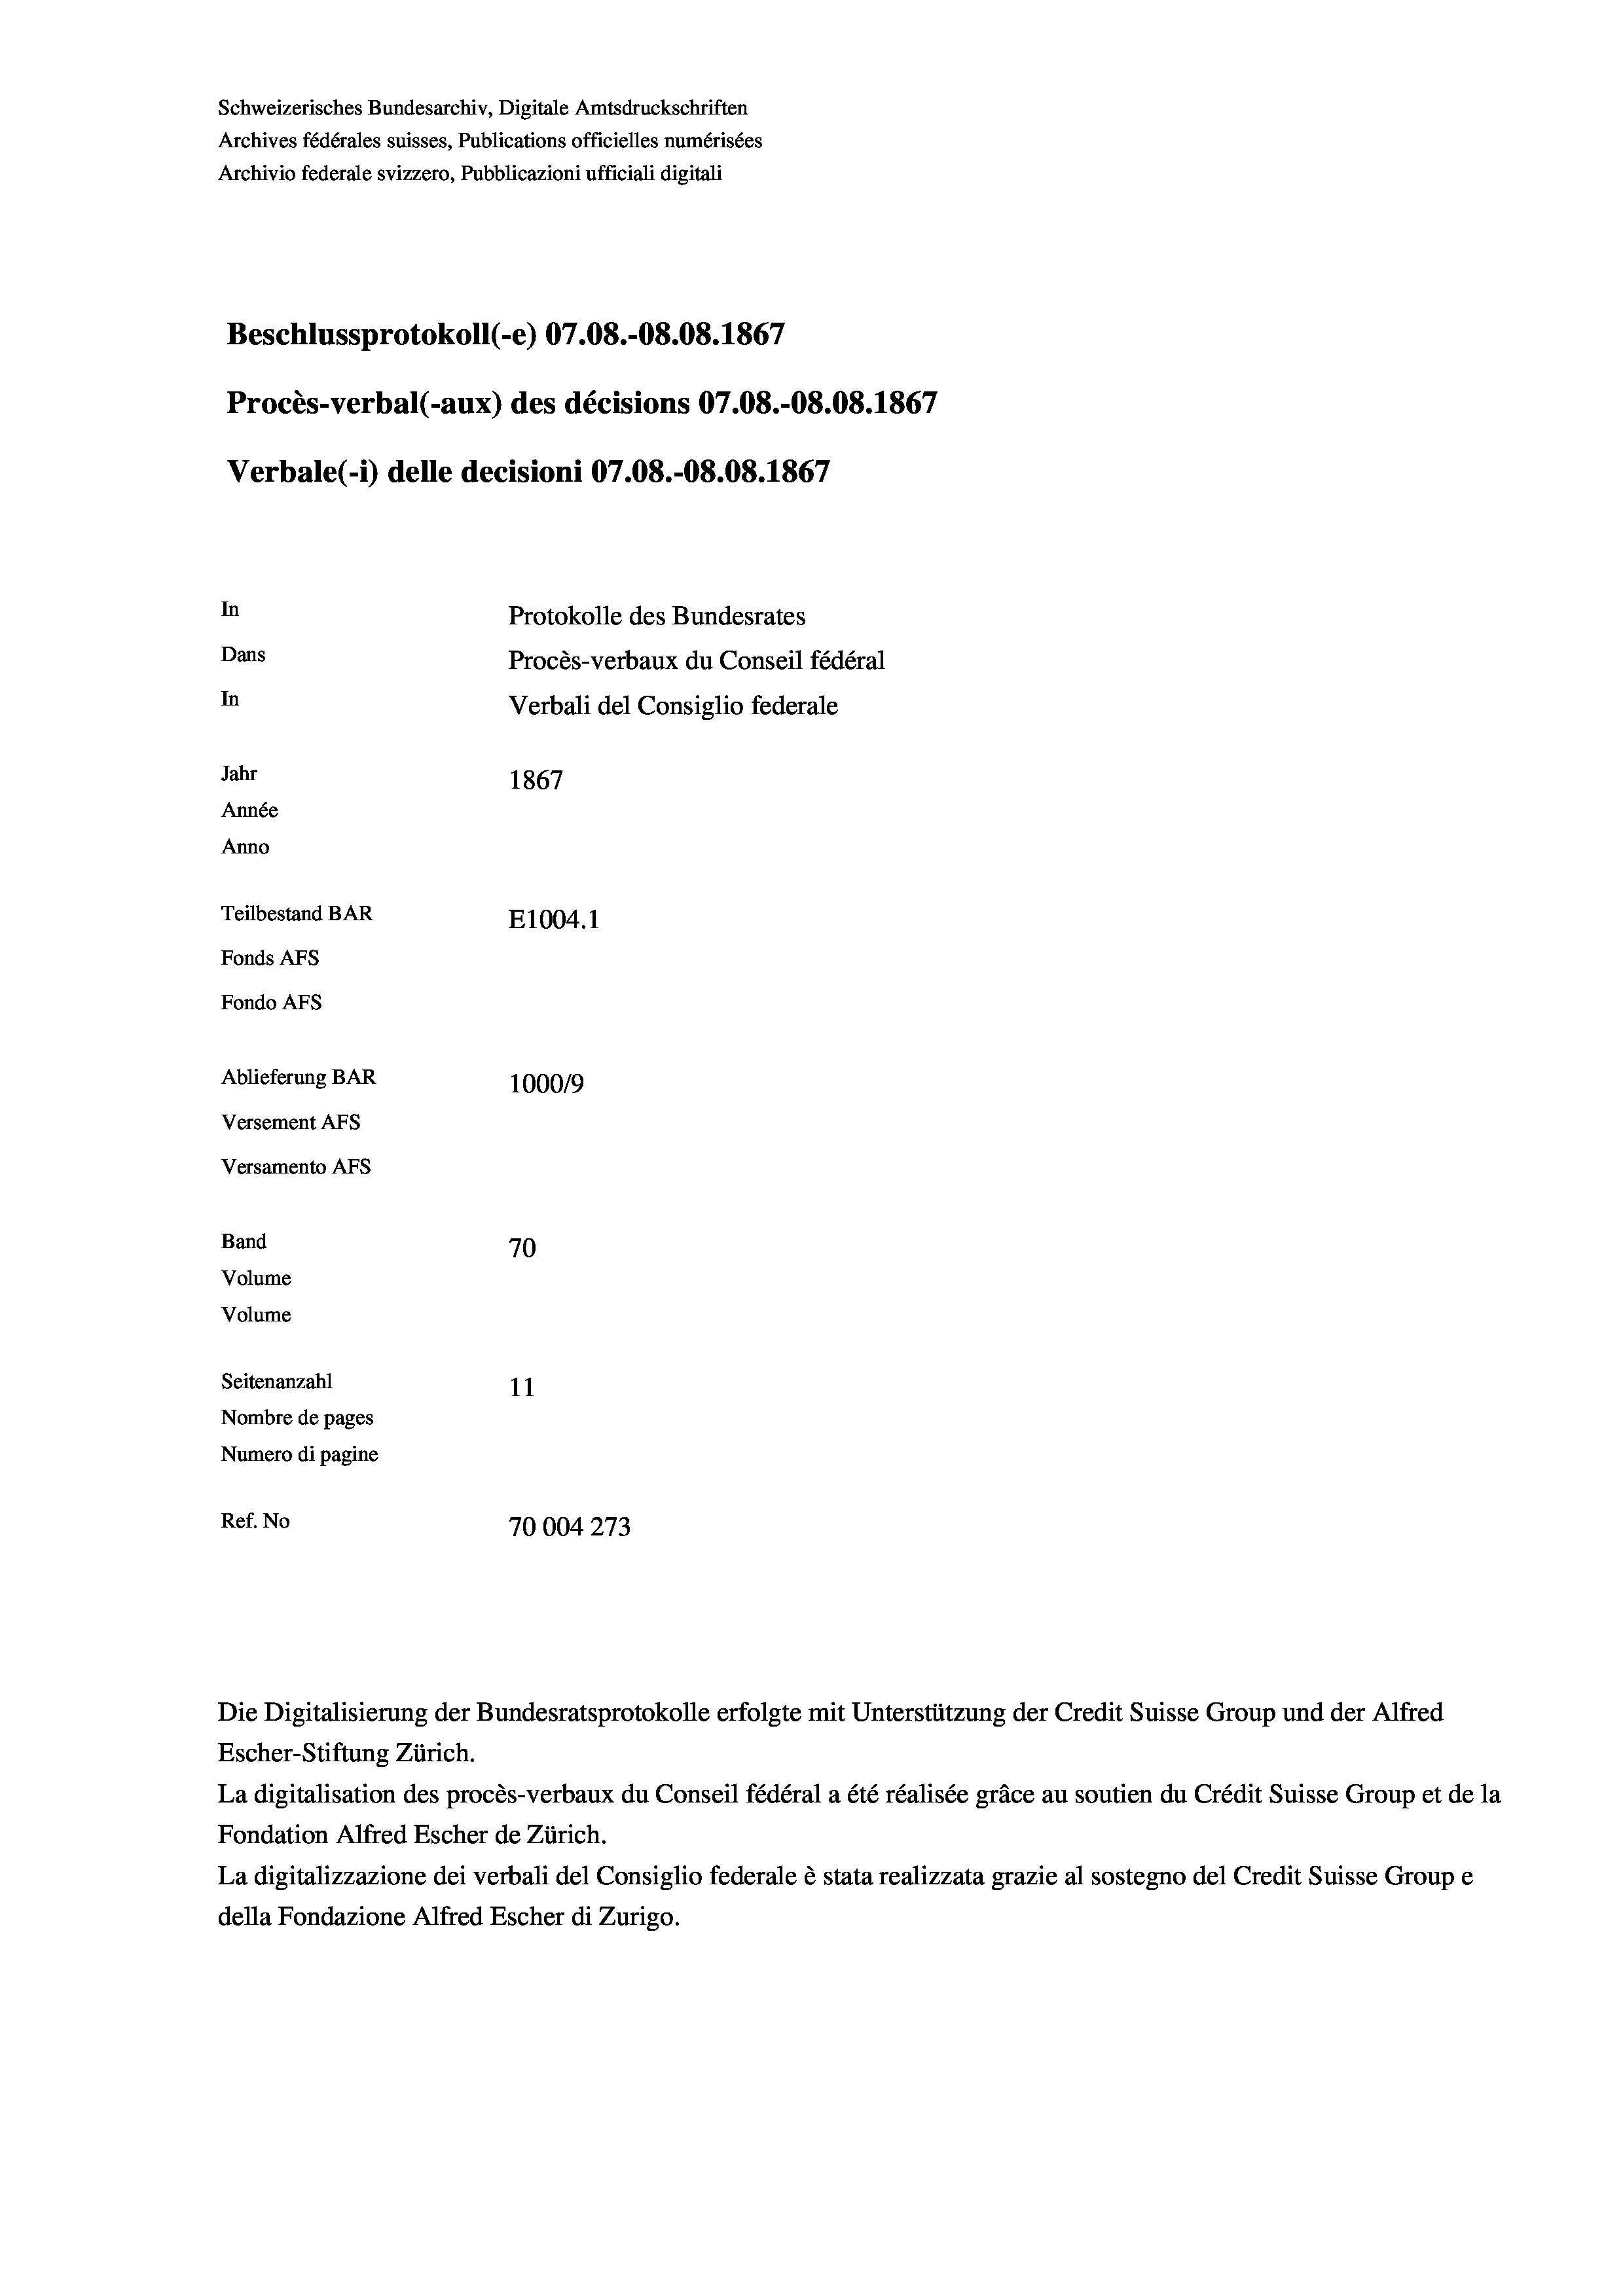
Schweizerisches Bundesarchiv, Digitale Amtsdruckschriften
Archives fédérales suisses, Publications officielles numérisées
Archivio federale svizzero, Pubblicazioni ufficiali digitali
Beschlussprotokoll (-e) 07.08.-08.08. 1867
Procès-verbal (-aux) des décisions 07.08.-O8.08. 1867
Verbale(-*) delle decisioni 07.08.-O8.08. 1867
In
Protokolle des Bundesrates
Dans
Procès-verbaux du Conseil fédéral
In
Verbali del Consiglio federale
Jahr
1867
Année
Anno
Teilbestand BAR
E1004.1
Fonds AFs
Fondo Afs
Ablieferung BAR
100019
Versement AFs
Versamento AFs
Band
70
Volume
Volume

Seitenanzahl
11
Nombre de pages
Numero di pagine
Ref. No
70004273

Escher-Stiftung Zürich.
La digitalisation des procès-verbaux du Conseil fédéral a été réalisée gräce au soutien du Crédit Suisse Group et de la
Fondation Alfred Escher de Zürich.
La digitalizzazione dei verbali del Consiglio federale è stata realizzata grazie al sostegno del Credit Suisse Groupe
della Fondazione Alfred Escher di Zurigo.

Die Digitalisierung der Bundesratsprotokolle erfolgte mit Unterstützung der Credit Suisse Group und der Alfred